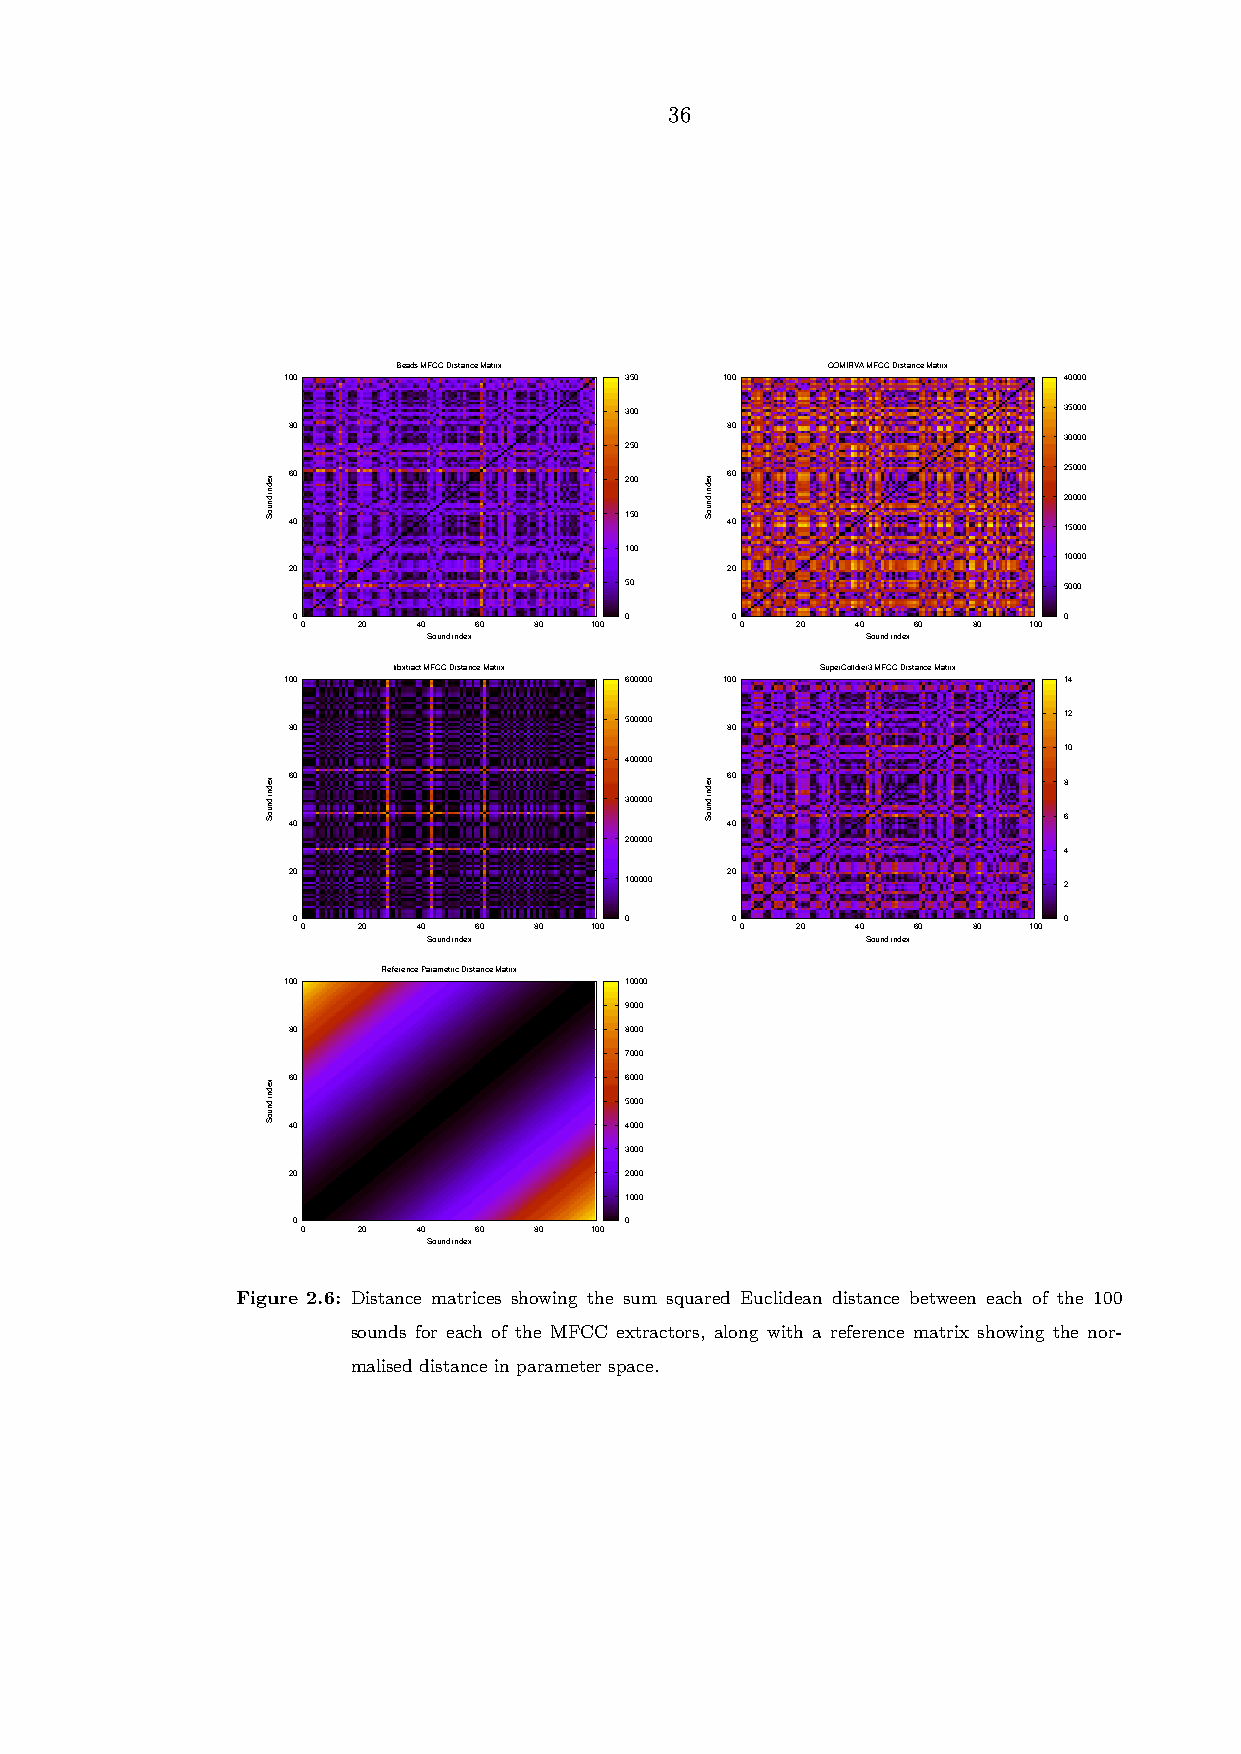
36
 Beads MFCC Distance Matrix   COMIRVA MFCC Distance Matrix
 100                   350    100                   40000
 ’./TestFMOSbeads_distance_matrix.txt’ ’./TestFMOScomirva_distance_matrix.txt’
 300                          35000
 80                           80
 30000
 250
 60                           60                    25000 200
 20000
 150
 40                           40                    15000
 100
 10000
 20                           20
 50                           5000
 0                     0      0                     0
 0   20  40 60  80  100       0   20  40 60  80  100
 Sound index                  Sound index
 libxtract MFCC Distance Matrix SuperColldier3 MFCC Distance Matrix
 100                   600000 100                   14
 ’./TestFMOSlibxtract_distance_matrix.txt’ ’./TestFMOSsc_distance_matrix.txt’
 500000                       12
 80                           80
 10
 400000
 60                           60                    8
 300000
 6
 40                           40
 200000
 4
 20                           20
 100000                       2
 0                     0      0                     0
 0   20  40 60  80  100       0   20  40 60  80  100
 Sound index                  Sound index
 Reference Parametric Distance Matrix
 100                   10000
 ’./TestFMOSreference_distance_matrix.txt’
 9000
 80                    8000
 7000
 60                    6000
 5000
 40                    4000
 3000
 20                    2000
 1000
 0                     0
 0   20  40 60  80  100
 Sound index
 Figure 2.6: Distance matrices showing the sum squared Euclidean distance between each of the 100
 sounds for each of the MFCC extractors, along with a reference matrix showing the nor-
 malised distance in parameter space.
 xedni
 dnuoS
 xedni
 dnuoS
 xedni
 dnuoS
 xedni
 dnuoS
 xedni
 dnuoS